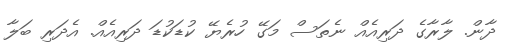
ދާން. ލާރާގެ ދަރިއެއް ނެތަސް މަގޭ ހުރެޔޭ ކުޑަކުޑަ ދަރިއެއް. އެދަރި ބަލާ